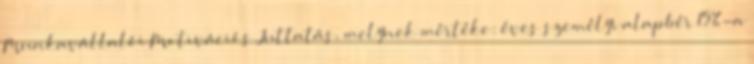
Munkavállalói Motivációs Juttatás, melynek mértéke: éves személyi alapbér 15%-a